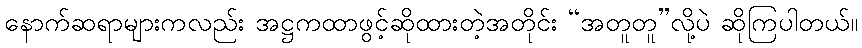
နောက်ဆရာများကလည်း အဋ္ဌကထာဖွင့်ဆိုထားတဲ့အတိုင်း “အတူတူ”လို့ပဲ ဆိုကြပါတယ်။